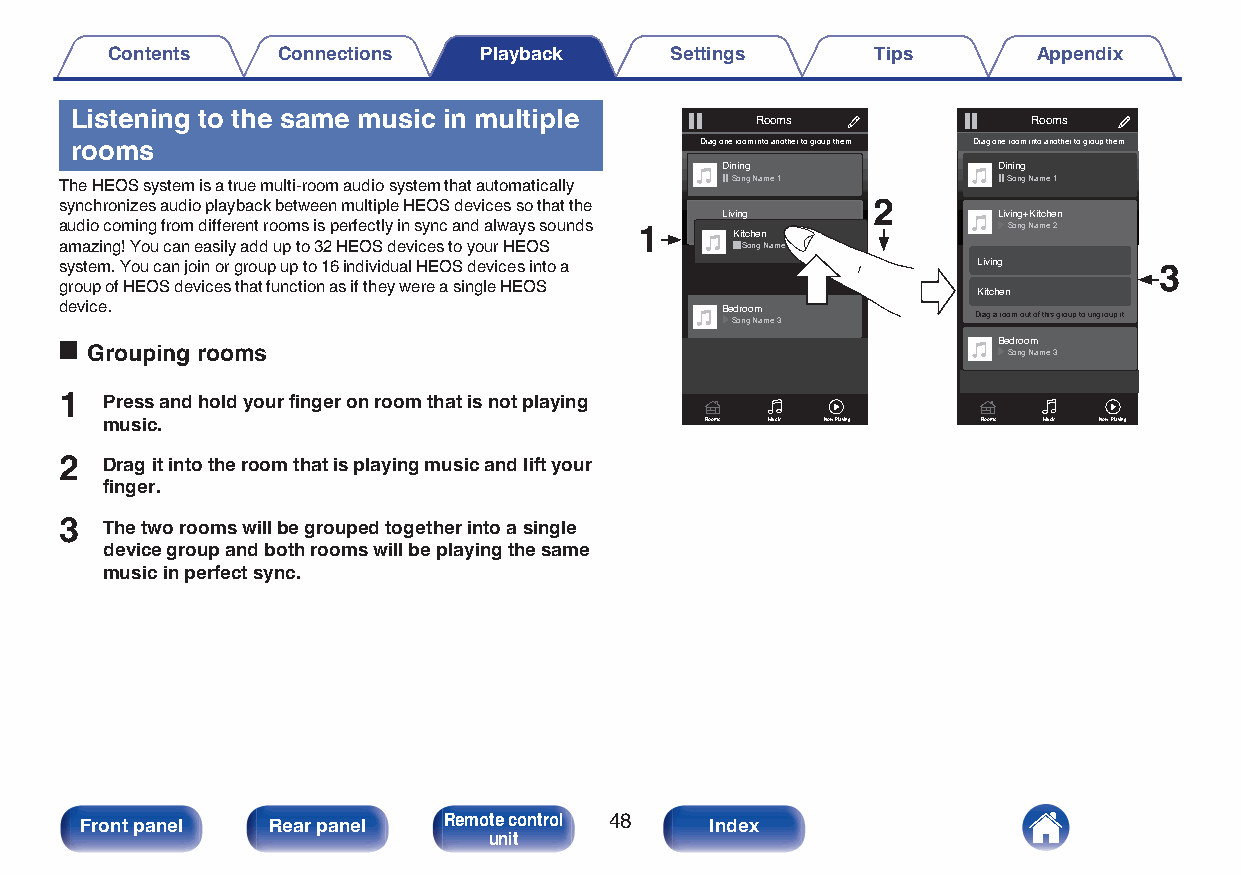
Contents   Connections   Playback    Settings      Tips       Appendix
 Listening to the same music in multiple      Rooms             Rooms
 rooms                                    Drag one room into another to group them Drag one room into another to group them
 Dining            Dining
 Song Name 1        Song Name 1
 The HEOS system is a true multi-room audio system that automatically
 2
 synchronizes audio playback between multiple HEOS devices so that the
 Living            Living+Kitchen
 audio coming from different rooms is perfectly in sync and always sounds 1 Song Name 2
 Kitchen
 amazing! You can easily add up to 32 HEOS devices to your HEOS Song Name 2
 system. You can join or group up to 16 individual HEOS devices into a Living 3
 group of HEOS devices that function as if they were a single HEOS Kitchen
 device.                                     Bedroom
 Drag a room out of this group to ungroup it
 Song Name 3
 Bedroom
 o Grouping rooms                                               Song Name 3
 1  Press and hold your finger on room that is not playing
 music.                                  Rooms Music Now Playing Rooms Music Now Playing
 2  Drag it into the room that is playing music and lift your
 finger.
 3  The two rooms will be grouped together into a single
 device group and both rooms will be playing the same
 music in perfect sync.
 Front panel  Rear panel Remote control 48 Index
 unit